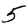
Digit: 5